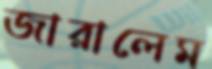
জারালেম